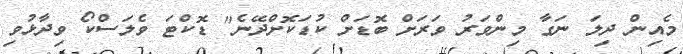
މެއިން ދިލަ ނަގާ މިންވަރު ވަރަށް ބޮޑަށް ކުޑަކޮށްދޭނެ" ޑޮކްޓަ ވެލަސްކޯ ވިދާޅުވި